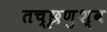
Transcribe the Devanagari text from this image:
तच्छृणुश्व